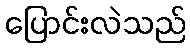
ပြောင်းလဲသည်